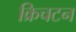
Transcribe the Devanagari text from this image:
क्रिचटन